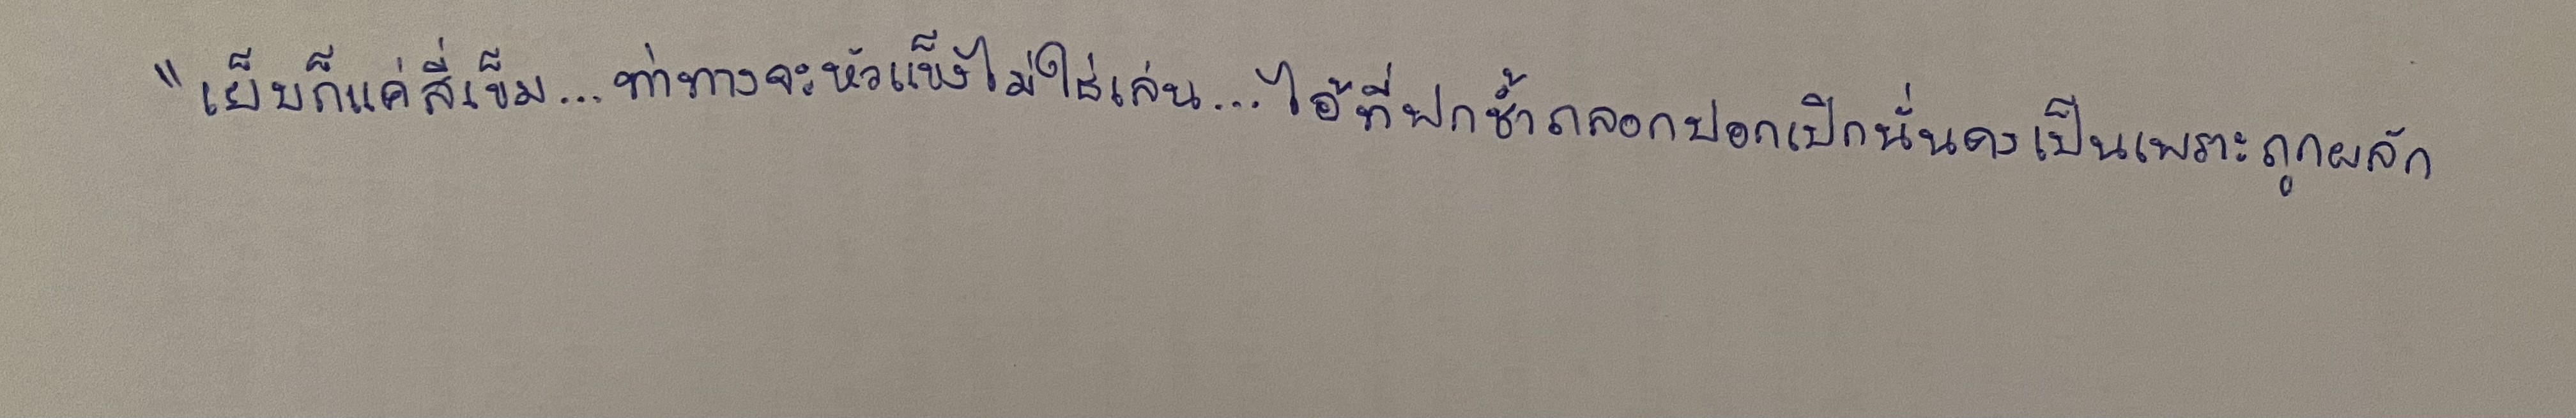
"เย็บก็แค่สี่เข็ม...ท่าทางจะหัวแข็งไม่ใช่เล่น...ไอ้ที่ฟกช้ำถลอกปอกเปิกนั่นคงเป็นเพราะถูกผลัก